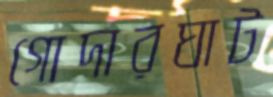
গোদারঘাট